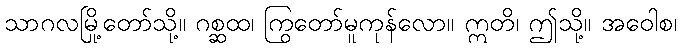
သာဂလမြို့တော်သို့။ ဂစ္ဆထ၊ ကြွတော်မူကုန်လော။ ဣတိ၊ ဤသို့။ အဝေါစ၊